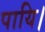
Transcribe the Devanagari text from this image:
पायि।